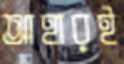
আহারই